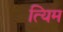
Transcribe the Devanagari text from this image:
त्यिम